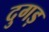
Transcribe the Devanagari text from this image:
दुगड़